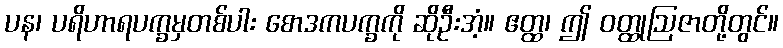
ပန၊ ပရိဟာရပက္ခမှတစ်ပါး စောဒကပက္ခကို ဆိုဦးအံ့။ ဧတ္ထ၊ ဤ ဝတ္ထုဩဇာတို့တွင်။